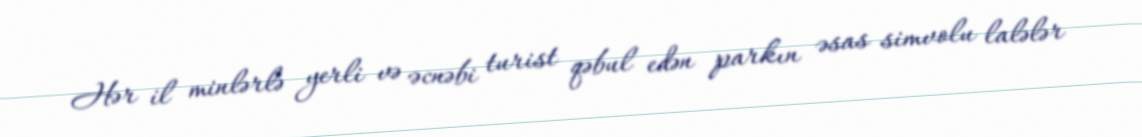
Hər il minlərlə yerli və əcnəbi turist qəbul edən parkın əsas simvolu lalələr